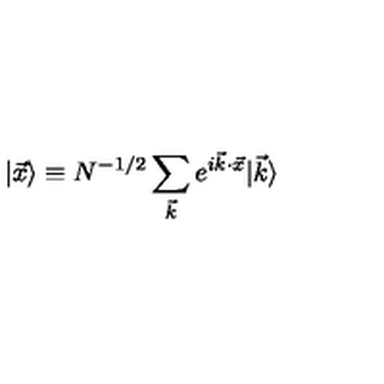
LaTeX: | \vec { x } \rangle \equiv N ^ { - 1 / 2 } \sum _ { \vec { k } } e ^ { i \vec { k } \cdot \vec { x } } | \vec { k } \rangle